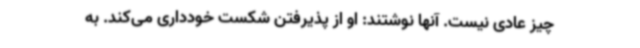
چیز عادی نیست. آنها نوشتند: او از پذیرفتن شکست خودداری می‌کند. به